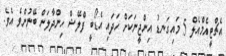
އެޗްޓީއެމްއެލް 5 މައިގަނޑު އިންޖީނަކަށް ހަދައި އެޑޯބީ ފްލޭޝް ހިންދާލަން ބޭނުންވެ އެވެ.